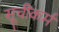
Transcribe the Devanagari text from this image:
सूचीकर्म